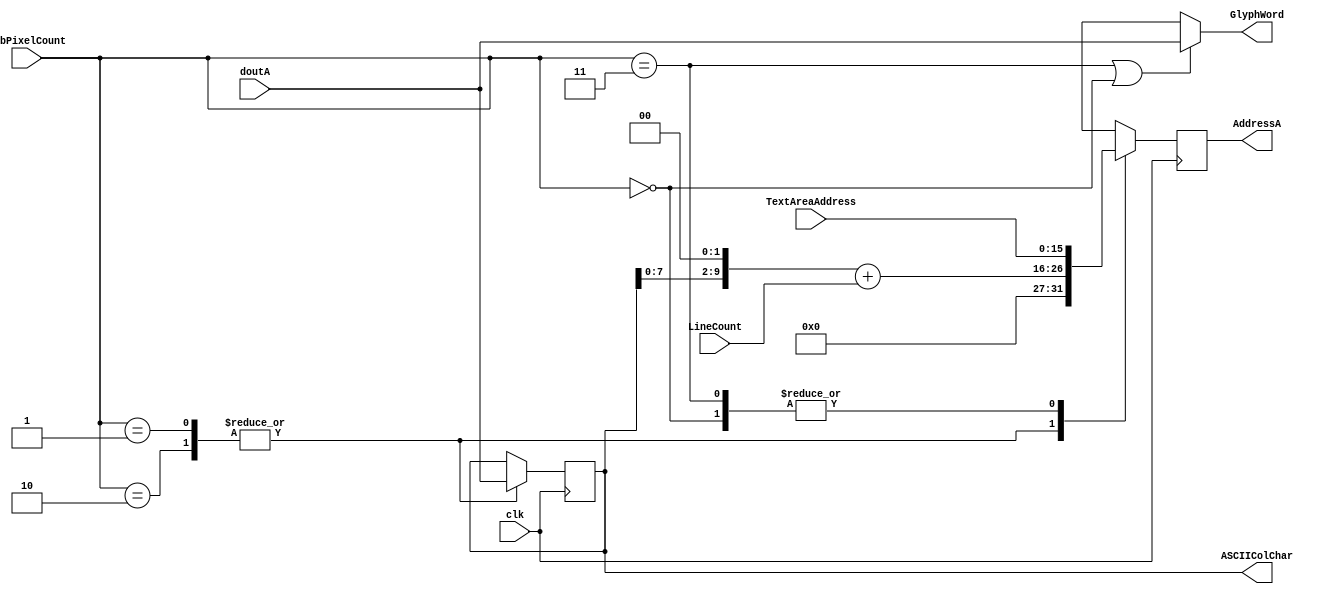
`timescale 1ns / 1ps
//////////////////////////////////////////////////////////////////////////////////
// Company: 
// Engineer: 
// 
// Design Name: 
// Module Name:    VGA_Dispatch 
// Project Name: 
// Target Devices: 
// Tool versions: 
// Description: 
//
// Dependencies: 
//
// Revision: 
// Revision 0.01 - File Created
// Additional Comments: 
//
//////////////////////////////////////////////////////////////////////////////////
module VGA_Dispatch(
	 input clk,
    input [15:0] TextAreaAddress,
//    input [15:0] GlyphAreaAddress,
    input [1:0] SubPixelCount,
//	 input [9:0] PixelCount,
	 input [2:1] LineCount,
	 input [15:0] doutA,
    output reg [15:0] ASCIIColChar,
    output [15:0] GlyphWord,
	 output reg [15:0] AddressA
    );
	
	wire [15:0] GlyphAreaAddress;
	// Determine address of ASCII Character in glyph table
	assign GlyphAreaAddress = ({5'b00000,ASCIIColChar[7:0],2'b00}+LineCount[2:1]);
	always @(posedge clk)
	begin
		case(SubPixelCount)
		0: AddressA <= TextAreaAddress;
		1: begin
				AddressA <= GlyphAreaAddress;
				ASCIIColChar <= doutA;
			end
		2: begin
				AddressA <= GlyphAreaAddress;
				ASCIIColChar <= doutA;
			end
		3: AddressA <=TextAreaAddress;
		endcase
	end
	assign GlyphWord = (SubPixelCount == 2'd3||SubPixelCount ==2'd0)?doutA:16'bx;
	
endmodule